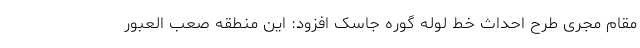
مقام مجری طرح احداث خط لوله گوره جاسک افزود: این منطقه صعب العبور